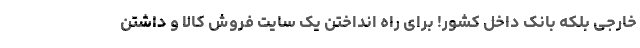
خارجی بلکه بانک داخل کشور! برای راه انداختن یک سایت فروش کالا و داشتن